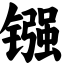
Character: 镪